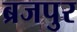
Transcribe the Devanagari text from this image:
ब्रजपुर